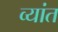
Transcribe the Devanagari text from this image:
व्यांत